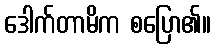
ဒေါက်တာမိက စပြော၏။